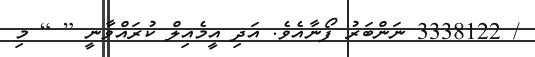
/ 3338122 ނަންބަރު ފޯނާއެވެ. އަދި އީމެއިލް ކުރައްވާނީ [ ] މި